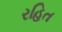
રહિત